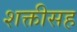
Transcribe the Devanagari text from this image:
शक्तीसह